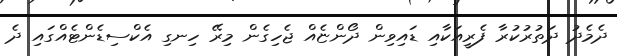
ދެމެދު ދަތުރުކުރާ ފެރީއަކާއި ޑައިވިން ދޯންޏެއް ޖެހިގެން މިރޭ ހިނގި އެކްސިޑެންޓެއްގައި ދެ